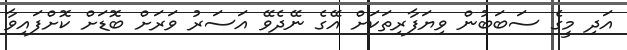
އަދި މީގެ ސަބަބުން ވިޔަފާރިތަކަށް އޭގެ ނޭދެވޭ އަސަރު ވަރަށް ބޮޑަށް ކޮށްފައިވާ